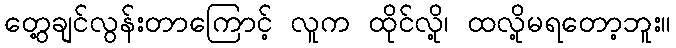
တွေ့ချင်လွန်းတာကြောင့် လူက ထိုင်လို့၊ ထလို့မရတော့ဘူး။